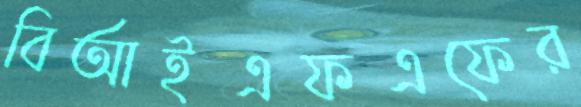
বিআইএফএফের